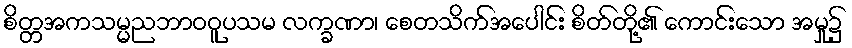
စိတ္တအကသမ္မညဘာဝဝူပသမ လက္ခဏာ၊ စေတသိက်အပေါင်း စိတ်တို့၏ ကောင်းသော အမှု၌